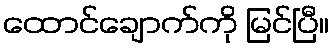
ထောင်ချောက်ကို မြင်ပြီ။